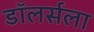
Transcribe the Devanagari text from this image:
डॉलर्सला